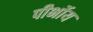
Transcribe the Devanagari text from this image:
पीर्भोय